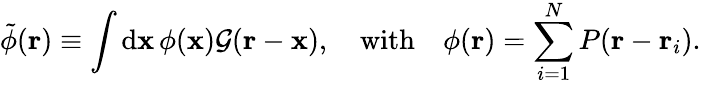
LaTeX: \tilde{\phi}(\mathbf{r})\equiv\int\mathrm{d}\mathbf{x}\, \phi(\mathbf{x})\mathcal{G}(\mathbf{r}-\mathbf{x}),\quad\mathrm{with}\quad\phi(\mathbf{r})=\sum_{i=1}^{N}P(\mathbf{r}-\mathbf{r}_{i}).